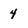
Character: 4